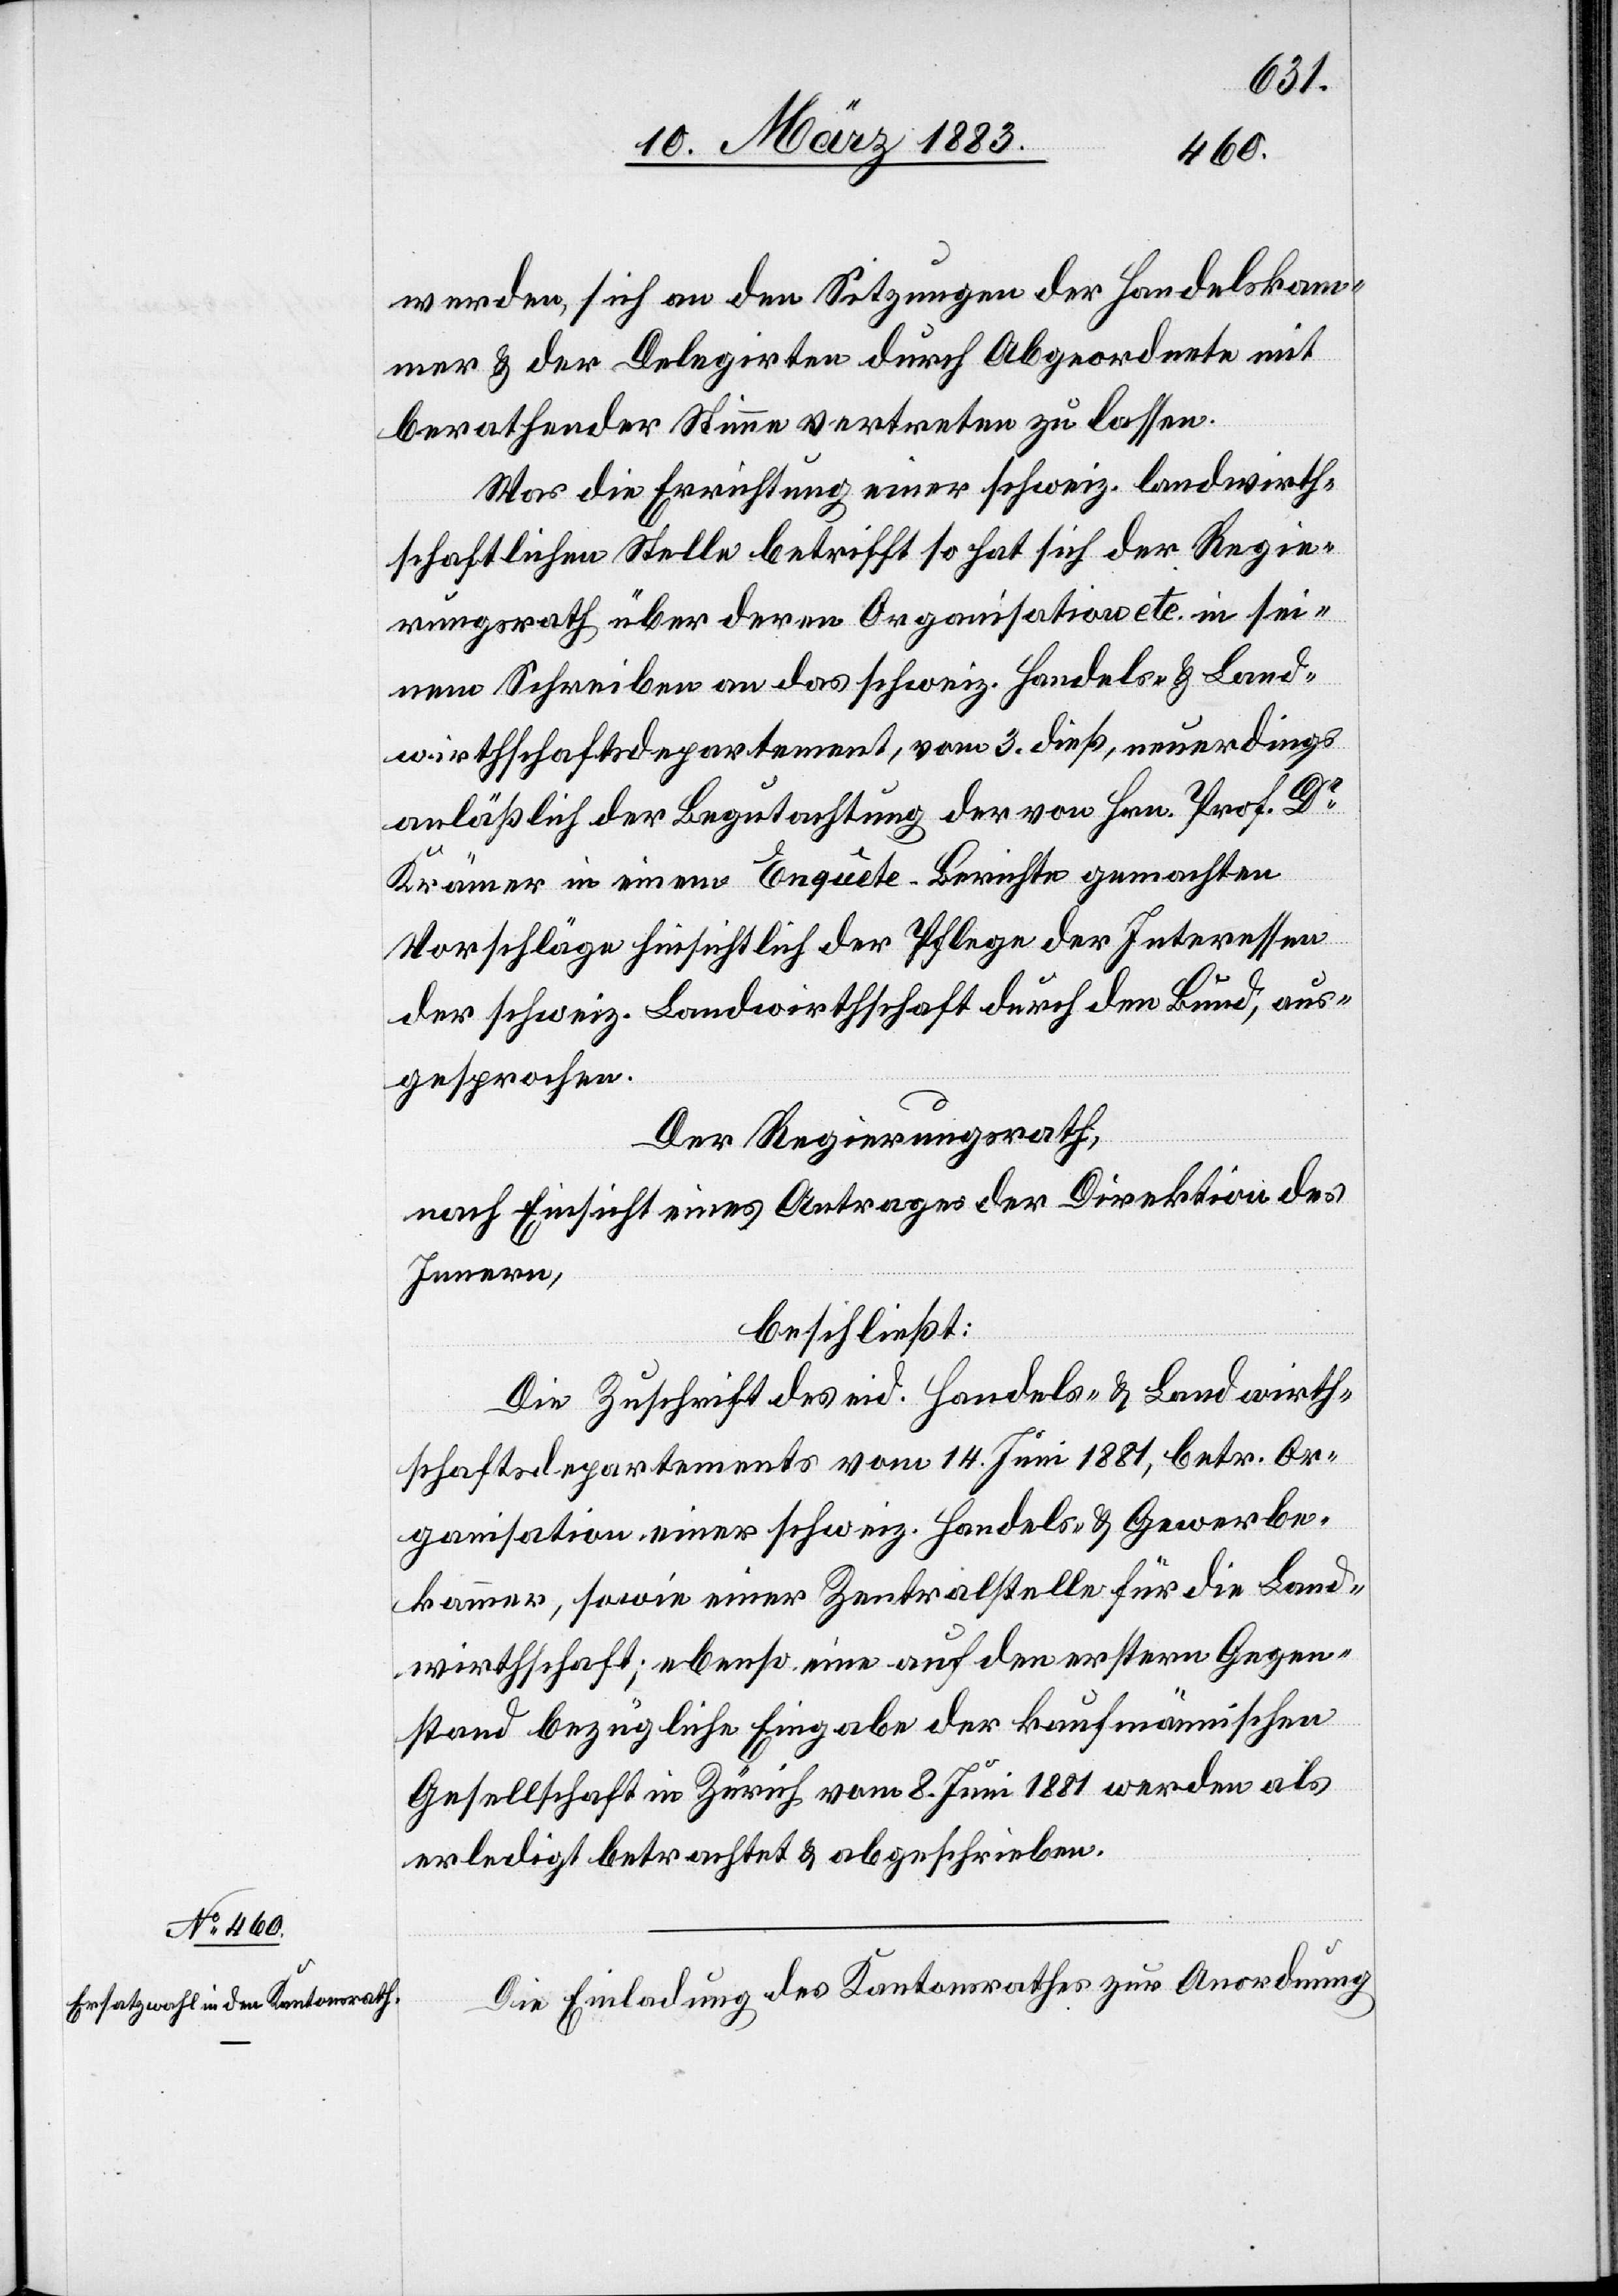
Alle
den Regierungsrath